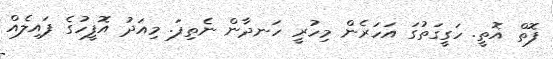
ފޮތް އޮތީ. ހަގީގަތުގަ އަހަރެން މިހުރީ ހަނދާން ނެތިފަ. މިއަދު އޮފީހުގެ ފައިލެއް